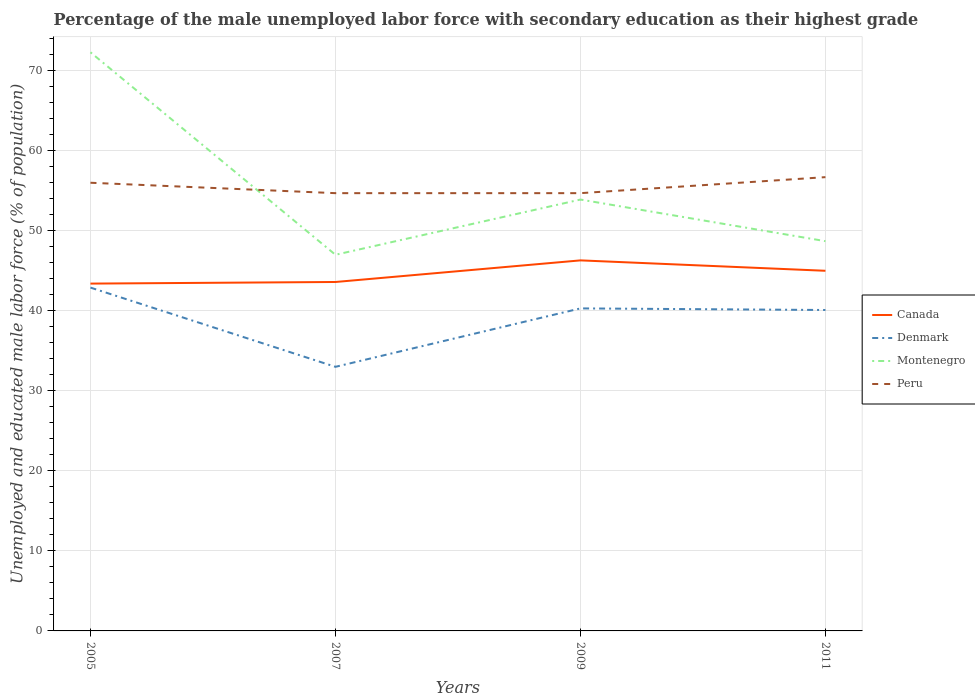
| Years | Canada | Denmark | Montenegro | Peru |
 | --- | --- | --- | --- | --- |
 | 2005 | 43.4 | 42.9 | 72.3 | 56 |
 | 2007 | 43.6 | 33 | 47 | 54.7 |
 | 2009 | 46.3 | 40.3 | 53.9 | 54.7 |
 | 2011 | 45 | 40.1 | 48.7 | 56.7 |